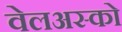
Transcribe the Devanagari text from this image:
वेलअस्को